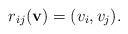
LaTeX: \begin{align*}r_{ij}(\mathbf{v}) = (v_i,v_j).\end{align*}